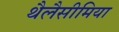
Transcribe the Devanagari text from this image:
थैलैसीमिया